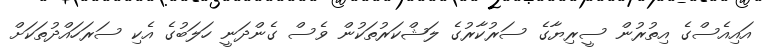
އައިއެސްގެ އިތުރުން ސީރިޔާގެ ސަރުކާރުގެ ލަޝްކަރުތަކުން ވެސް ގެންދަނީ ހަލަބުގެ އެކި ސަރަހައްދުތަކަށް